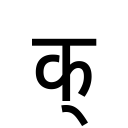
OCR:
क्